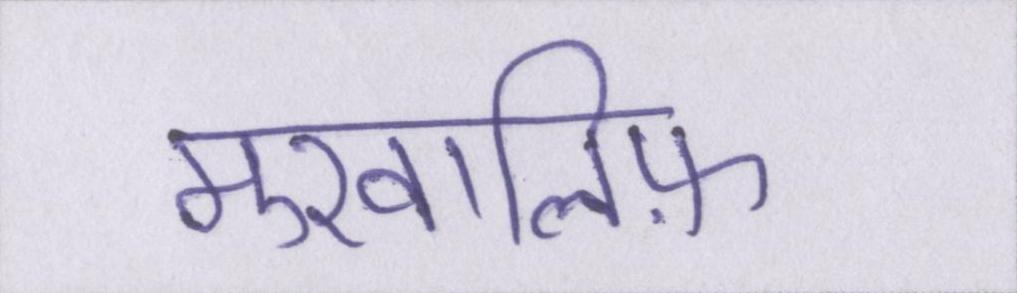
मुखालिफ़